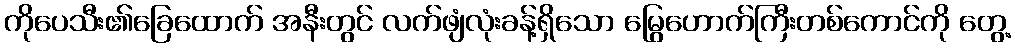
ကိုပေသီး၏ခြေထောက် အနီးတွင် လက်ဖျံလုံးခန့်ရှိသော မြွေဟောက်ကြီးတစ်ကောင်ကို တွေ့